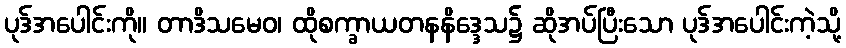
ပုဒ်အပေါင်းကို။ တာဒိသမေဝ၊ ထိုစက္ခာယတနနိဒ္ဒေသ၌ ဆိုအပ်ပြီးသော ပုဒ်အပေါင်းကဲ့သို့